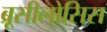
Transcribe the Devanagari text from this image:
ब्रूसीलोसिस